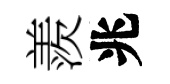
羨兆